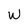
Character: W